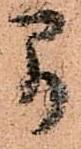
間